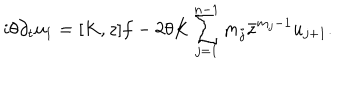
i \theta \partial _ { t } u _ { 1 } = [ K , z ] f - 2 \theta K \sum _ { j = 1 } ^ { n - 1 } m _ { j } \bar { z } ^ { m _ { j } - 1 } u _ { j + 1 } .